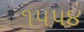
૧પપ૪